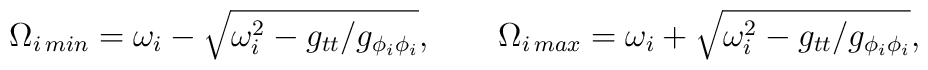
\Omega_{i\,min}=\omega_i-\sqrt{\omega^2_i-g_{tt}/g_{\phi_i\phi_i}}, \ \ \ \ \ \ \Omega_{i\,max}=\omega_i+\sqrt{\omega^2_i-g_{tt}/g_{\phi_i\phi_i}},